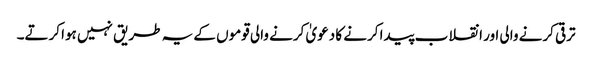
ترقی کرنے والی اور انقلاب پیدا کرنے کا دعویٰ کرنے والی قوموں کے یہ طریق نہیں ہوا کرتے۔